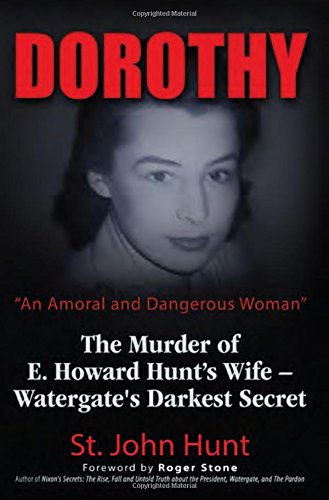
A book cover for Dorothy, "An Amoral and Dangerous Woman": The Murder of E. Howard Hunt's Wife EE Watergate's Darkest Secret; St. John Hunt; History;